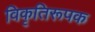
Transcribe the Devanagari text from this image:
विकृतिरूपक